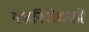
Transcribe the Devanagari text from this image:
गभ्रनिरोधकों